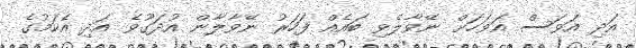
އަދި އަވަސް އަވަހަށް ނޭވާލެވި ބައެއް ފަހަރު ނޭވާލާން އުދަގޫވެ އަދި އެކަމުގެ